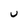
Character: u